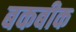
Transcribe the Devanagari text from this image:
बकबीक